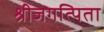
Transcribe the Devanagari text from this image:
श्रीजगत्पिता